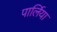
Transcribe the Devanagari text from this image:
पार्लिया